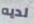
لديه